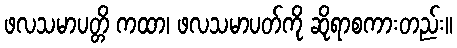
ဖလသမာပတ္တိ ကထာ၊ ဖလသမာပတ်ကို ဆိုရာစကားတည်း။